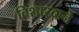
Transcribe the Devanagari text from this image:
विशारदाने